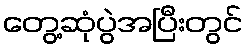
တွေ့ဆုံပွဲအပြီးတွင်